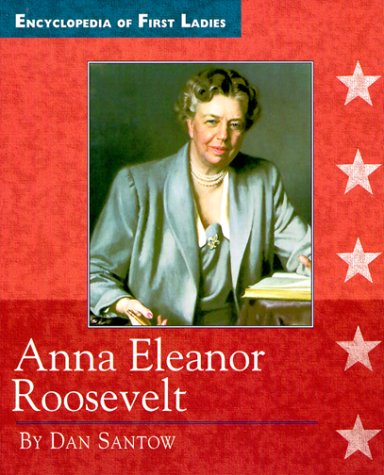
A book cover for Anna Eleanor Roosevelt (Encyclopedia of First Ladies); Dan Santow; Teen & Young Adult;